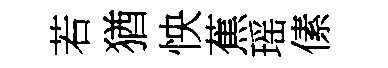
若猶怏蕉瑶傃